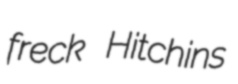
freck Hitchins